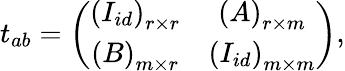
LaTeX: t_{ab}=\left(\begin{array}{cc}{{\left(I_{id}\right)_{r\times r}}}&{{\left(A\right)_{r\times m}}}\\ {{\left(B\right)_{m\times r}}}&{{\left(I_{id}\right)_{m\times m}}}\end{array}\right),